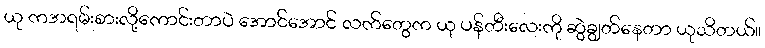
ယု ကအရမ်းစားလို့ကောင်းတာပဲ အောင်အောင် လက်တွေက ယု ပန်တီးလေးကို ဆွဲချွတ်နေတာ ယုသိတယ်။